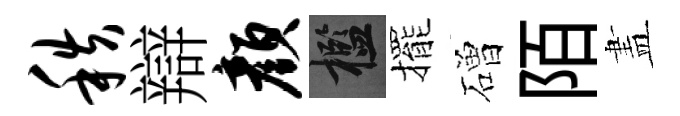
秩辯颜檻擺磳陌𥁞